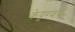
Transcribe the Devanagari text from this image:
केयूरवंर्ष